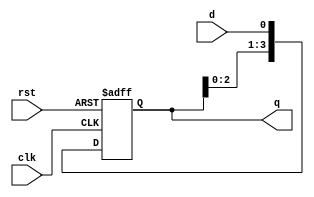
module ShiftRegister #(parameter N = 4) (
    input wire clk,      // Clock signal
    input wire rst,      // Asynchronous reset signal
    input wire d,        // Data input for shifting
    output reg [N-1:0] q // Data output representing the current state of the register
);

    // Always block triggered on the rising edge of the clock or asynchronous reset
    always @(posedge clk or posedge rst) begin
        if (rst) begin
            // Clear register on reset
            q <= {N{1'b0}}; // Set all bits to 0
        end else begin
            // Shift operation
            q <= {q[N-2:0], d}; // Shift left and insert new data at the LSB
        end
    end

endmodule